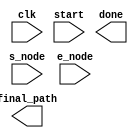
// SM : Task 2 C : Path Planning
/*
Instructions
-------------------
Students are not allowed to make any changes in the Module declaration.
This file is used to design path planner.

Recommended Quartus Version : 19.1
The submitted project file must be 19.1 compatible as the evaluation will be done on Quartus Prime Lite 19.1.

Warning: The error due to compatibility will not be entertained.
-------------------
*/

//Path Planner design
//Parameters : node_count : for total no. of nodes + 1 (consider an imaginary node, refer discuss forum),
//					max_edges : no. of max edges for every node.


//Inputs  	 : clk : 50 MHz clock, 
//				   start : start signal to initiate the path planning,
//				   s_node : start node,
//				   e_node : destination node.
//
//Output     : done : Path planning completed signal,
//             final_path : the final path from start to end node.



//////////////////DO NOT MAKE ANY CHANGES IN MODULE//////////////////

module path_planner
#(parameter node_count = 27, parameter max_edges = 4)
(
	input clk,
	input start,
	input [4:0] s_node,
	input [4:0] e_node,
	output reg done,	
	output reg [10*5-1:0] final_path
);

////////////////////////WRITE YOUR CODE FROM HERE////////////////////
/////////////// ____ MAP STORE IN LIST _______  //////////////
	
localparam 
				north        = 3'b000 ,   //0
				east         = 3'b001 ,   //1
				south        = 3'b010 ,   //2
				west         = 3'b011 ,   //3
            northeast    = 3'b100 ,   //4
				southwest    = 3'b100 ,   //5
				no_direction = 3'b111 ,   //6
				
				straight     =  4'b1000 , // 8
				left         =  4'b1001 , // 9
			   right        =  4'b1010 , // 10
			   dgr_180_R    =  4'b1011 , // 11
				dgr_180_L    =  4'b1100 ;  //12

reg [10:0]  inf = 100 ;
				

reg [10:0] adjacent_nodes[25:0][3:0] ;
reg [10:0] path_of_adjacent_nodes[25:0][3:0] ;
reg [10:0] final_heading [25:0][3:0] ;
reg [10:0] turn_to_reach [25:0][3:0] ;	
reg [10:0] turns_map [6:0][6:0]  ;
	

reg flag_initalize_map  = 1 ;
	

always @ ( posedge clk )
begin

	if (flag_initalize_map == 1 )
	begin
	
	// node 0 : 
	
	adjacent_nodes         [0][0] = 1            ; adjacent_nodes         [0][1] = 26           ; adjacent_nodes         [0][2] = 26           ; adjacent_nodes         [0][3] = 26;
   path_of_adjacent_nodes [0][0] = 3            ; path_of_adjacent_nodes [0][1] = inf          ; path_of_adjacent_nodes [0][2] = inf          ; path_of_adjacent_nodes [0][3] = inf ;
	final_heading          [0][0] = east         ; final_heading          [0][1] = no_direction ; final_heading          [0][2] = no_direction ; final_heading          [0][3] = no_direction ; 
	turn_to_reach          [0][0] = south        ; turn_to_reach          [0][1] = no_direction ; turn_to_reach          [0][2] = no_direction ; turn_to_reach          [0][3] = no_direction ; 

   // node 1 : 
	
	adjacent_nodes         [1][0] = 0             ; adjacent_nodes         [1][1] = 2            ; adjacent_nodes         [1][2] = 13           ; adjacent_nodes         [1][3] = 26;
   path_of_adjacent_nodes [1][0] = 3             ; path_of_adjacent_nodes [1][1] = 3            ; path_of_adjacent_nodes [1][2] = 3            ; path_of_adjacent_nodes [1][3] = inf ;
	final_heading          [1][0] = north         ; final_heading          [1][1] = south        ; final_heading          [1][2] = east         ; final_heading          [1][3] = no_direction ; 
	turn_to_reach          [1][0] = west          ; turn_to_reach          [1][1] = south        ; turn_to_reach          [1][2] = east         ; turn_to_reach          [1][3] = no_direction ; 

	// node 2 : 
	
	adjacent_nodes         [2][0] = 1             ; adjacent_nodes         [2][1] = 3            ; adjacent_nodes         [2][2] = 5            ; adjacent_nodes         [2][3] = 26;
   path_of_adjacent_nodes [2][0] = 3             ; path_of_adjacent_nodes [2][1] = 1            ; path_of_adjacent_nodes [2][2] = 3            ; path_of_adjacent_nodes [2][3] = inf ;
	final_heading          [2][0] = north         ; final_heading          [2][1] = east         ; final_heading          [2][2] = south        ; final_heading          [2][3] = no_direction ; 
	turn_to_reach          [2][0] = north         ; turn_to_reach          [2][1] = east         ; turn_to_reach          [2][2] = south        ; turn_to_reach          [2][3] = no_direction ; 

	// node 3 : 
	
	adjacent_nodes         [3][0] = 2             ; adjacent_nodes         [3][1] = 26           ; adjacent_nodes         [3][2] = 26           ; adjacent_nodes         [3][3] = 26;
   path_of_adjacent_nodes [3][0] = 1             ; path_of_adjacent_nodes [3][1] = inf          ; path_of_adjacent_nodes [3][2] = inf          ; path_of_adjacent_nodes [3][3] = inf ;
	final_heading          [3][0] = west          ; final_heading          [3][1] = no_direction ; final_heading          [3][2] = no_direction ; final_heading          [3][3] = no_direction ; 
	turn_to_reach          [3][0] = west          ; turn_to_reach          [3][1] = no_direction ; turn_to_reach          [3][2] = no_direction ; turn_to_reach          [3][3] = no_direction ; 

	// node 4 : 
	
	adjacent_nodes         [4][0] = 6             ; adjacent_nodes         [4][1] = 26           ; adjacent_nodes         [4][2] = 26           ; adjacent_nodes         [4][3] = 26;
   path_of_adjacent_nodes [4][0] = 3             ; path_of_adjacent_nodes [4][1] = inf          ; path_of_adjacent_nodes [4][2] = inf          ; path_of_adjacent_nodes [4][3] = inf ;
	final_heading          [4][0] = northeast     ; final_heading          [4][1] = no_direction ; final_heading          [4][2] = no_direction ; final_heading          [4][3] = no_direction ; 
	turn_to_reach          [4][0] = south         ; turn_to_reach          [4][1] = no_direction ; turn_to_reach          [4][2] = no_direction ; turn_to_reach          [4][3] = no_direction ; 

	// node 5 : 
	
	adjacent_nodes         [5][0] = 2             ; adjacent_nodes         [5][1] =  6           ; adjacent_nodes         [5][2] = 9            ; adjacent_nodes         [5][3] = 26;
   path_of_adjacent_nodes [5][0] = 3             ; path_of_adjacent_nodes [5][1] =  1           ; path_of_adjacent_nodes [5][2] = 2            ; path_of_adjacent_nodes [5][3] = inf ;
	final_heading          [5][0] = north         ; final_heading          [5][1] = south        ; final_heading          [5][2] = east         ; final_heading          [5][3] = no_direction ; 
	turn_to_reach          [5][0] = north         ; turn_to_reach          [5][1] = south        ; turn_to_reach          [5][2] = east         ; turn_to_reach          [5][3] = no_direction ; 

	// node 6 : 
	
	adjacent_nodes         [6][0] = 4             ; adjacent_nodes         [6][1] = 5            ; adjacent_nodes         [6][2] =  16          ; adjacent_nodes         [6][3] = 26;
   path_of_adjacent_nodes [6][0] = 3             ; path_of_adjacent_nodes [6][1] = 1            ; path_of_adjacent_nodes [6][2] =  3           ; path_of_adjacent_nodes [6][3] = inf ;
	final_heading          [6][0] = north         ; final_heading          [6][1] = north        ; final_heading          [6][2] = east         ; final_heading          [6][3] = no_direction ; 
	turn_to_reach          [6][0] = southwest     ; turn_to_reach          [6][1] = north        ; turn_to_reach          [6][2] = east         ; turn_to_reach          [6][3] = no_direction ; 

	// node 7 : 
	
	adjacent_nodes         [7][0] = 12            ; adjacent_nodes         [7][1] = 26           ; adjacent_nodes         [7][2] = 26           ; adjacent_nodes         [7][3] = 26;
   path_of_adjacent_nodes [7][0] = 2             ; path_of_adjacent_nodes [7][1] = inf          ; path_of_adjacent_nodes [7][2] = inf          ; path_of_adjacent_nodes [7][3] = inf ;
	final_heading          [7][0] = east          ; final_heading          [7][1] = no_direction ; final_heading          [7][2] = no_direction ; final_heading          [7][3] = no_direction ; 
	turn_to_reach          [7][0] = south         ; turn_to_reach          [7][1] = no_direction ; turn_to_reach          [7][2] = no_direction ; turn_to_reach          [7][3] = no_direction ; 

	// node 8 : 
	
	adjacent_nodes         [8][0] = 9             ; adjacent_nodes         [8][1] = 26           ; adjacent_nodes         [8][2] = 26           ; adjacent_nodes         [8][3] = 26;
   path_of_adjacent_nodes [8][0] = 1             ; path_of_adjacent_nodes [8][1] = inf          ; path_of_adjacent_nodes [8][2] = inf          ; path_of_adjacent_nodes [8][3] = inf ;
	final_heading          [8][0] = south         ; final_heading          [8][1] = no_direction ; final_heading          [8][2] = no_direction ; final_heading          [8][3] = no_direction ; 
	turn_to_reach          [8][0] = south         ; turn_to_reach          [8][1] = no_direction ; turn_to_reach          [8][2] = no_direction ; turn_to_reach          [8][3] = no_direction ; 

	// node 9 : 
	
	adjacent_nodes         [9][0] = 8             ; adjacent_nodes         [9][1] = 5            ; adjacent_nodes         [9][2] = 15           ; adjacent_nodes         [9][3] = 26;
   path_of_adjacent_nodes [9][0] = 1             ; path_of_adjacent_nodes [9][1] = 2            ; path_of_adjacent_nodes [9][2] = 1            ; path_of_adjacent_nodes [9][3] = inf ;
	final_heading          [9][0] = north         ; final_heading          [9][1] = west         ; final_heading          [9][2] = east         ; final_heading          [9][3] = no_direction ; 
	turn_to_reach          [9][0] = north         ; turn_to_reach          [9][1] = west         ; turn_to_reach          [9][2] = east         ; turn_to_reach          [9][3] = no_direction ; 

	// node 10 : 
	
	adjacent_nodes         [10][0] = 16            ; adjacent_nodes         [10][1] = 26           ; adjacent_nodes         [10][2] = 26           ; adjacent_nodes         [10][3] = 26;
   path_of_adjacent_nodes [10][0] = 2             ; path_of_adjacent_nodes [10][1] = inf          ; path_of_adjacent_nodes [10][2] = inf          ; path_of_adjacent_nodes [10][3] = inf ;
	final_heading          [10][0] = south         ; final_heading          [10][1] = no_direction ; final_heading          [10][2] = no_direction ; final_heading          [10][3] = no_direction ; 
	turn_to_reach          [10][0] = east          ; turn_to_reach          [10][1] = no_direction ; turn_to_reach          [10][2] = no_direction ; turn_to_reach          [10][3] = no_direction ; 

	// node 11 : 
	
	adjacent_nodes         [11][0] = 12            ; adjacent_nodes         [11][1] = 26           ; adjacent_nodes         [11][2] = 26           ; adjacent_nodes         [11][3] = 26;
   path_of_adjacent_nodes [11][0] = 3             ; path_of_adjacent_nodes [11][1] = inf          ; path_of_adjacent_nodes [11][2] = inf          ; path_of_adjacent_nodes [11][3] = inf ;
	final_heading          [11][0] = south         ; final_heading          [11][1] = no_direction ; final_heading          [11][2] = no_direction ; final_heading          [11][3] = no_direction ; 
	turn_to_reach          [11][0] = west          ; turn_to_reach          [11][1] = no_direction ; turn_to_reach          [11][2] = no_direction ; turn_to_reach          [11][3] = no_direction ; 

	// node 12 : 
	
	adjacent_nodes         [12][0] = 7             ; adjacent_nodes         [12][1] = 11           ; adjacent_nodes         [12][2] = 17           ; adjacent_nodes         [12][3] = 13;
   path_of_adjacent_nodes [12][0] = 2             ; path_of_adjacent_nodes [12][1] = 3            ; path_of_adjacent_nodes [12][2] = 3            ; path_of_adjacent_nodes [12][3] = 1 ;
	final_heading          [12][0] = north         ; final_heading          [12][1] = east         ; final_heading          [12][2] = east         ; final_heading          [12][3] = south ; 
	turn_to_reach          [12][0] = west          ; turn_to_reach          [12][1] = north        ; turn_to_reach          [12][2] = east         ; turn_to_reach          [12][3] = south ; 

	// node 13 : 
	
	adjacent_nodes         [13][0] = 1             ; adjacent_nodes         [13][1] = 18           ; adjacent_nodes         [13][2] = 12           ; adjacent_nodes         [13][3] = 26;
   path_of_adjacent_nodes [13][0] = 3             ; path_of_adjacent_nodes [13][1] = 2            ; path_of_adjacent_nodes [13][2] = 1            ; path_of_adjacent_nodes [13][3] = inf ;
	final_heading          [13][0] = west          ; final_heading          [13][1] = east         ; final_heading          [13][2] = north        ; final_heading          [13][3] = no_direction ; 
	turn_to_reach          [13][0] = west          ; turn_to_reach          [13][1] = east         ; turn_to_reach          [13][2] = north        ; turn_to_reach          [13][3] = no_direction ; 

	// node 14 : 
	
	adjacent_nodes         [14][0] = 15            ; adjacent_nodes         [14][1] = 26           ; adjacent_nodes         [14][2] = 26           ; adjacent_nodes         [14][3] = 26;
   path_of_adjacent_nodes [14][0] = 1             ; path_of_adjacent_nodes [14][1] = inf          ; path_of_adjacent_nodes [14][2] = inf          ; path_of_adjacent_nodes [14][3] = inf ;
	final_heading          [14][0] = south         ; final_heading          [14][1] = no_direction ; final_heading          [14][2] = no_direction ; final_heading          [14][3] = no_direction ; 
	turn_to_reach          [14][0] = south         ; turn_to_reach          [14][1] = no_direction ; turn_to_reach          [14][2] = no_direction ; turn_to_reach          [14][3] = no_direction ; 

	// node 15 : 
	
	adjacent_nodes         [15][0] = 22            ; adjacent_nodes         [15][1] = 9            ; adjacent_nodes         [15][2] = 14           ; adjacent_nodes         [15][3] = 26;
   path_of_adjacent_nodes [15][0] = 1             ; path_of_adjacent_nodes [15][1] = 1            ; path_of_adjacent_nodes [15][2] = 1            ; path_of_adjacent_nodes [15][3] = inf ;
	final_heading          [15][0] = east          ; final_heading          [15][1] = west         ; final_heading          [15][2] = north        ; final_heading          [15][3] = no_direction ; 
	turn_to_reach          [15][0] = east          ; turn_to_reach          [15][1] = west         ; turn_to_reach          [15][2] = north        ; turn_to_reach          [15][3] = no_direction ; 

	// node 16 : 
	
	adjacent_nodes         [16][0] = 10            ; adjacent_nodes         [16][1] = 23           ; adjacent_nodes         [16][2] =  6           ; adjacent_nodes         [16][3] = 26;
   path_of_adjacent_nodes [16][0] = 2             ; path_of_adjacent_nodes [16][1] = 2            ; path_of_adjacent_nodes [16][2] = 3            ; path_of_adjacent_nodes [16][3] = inf ;
	final_heading          [16][0] = west          ; final_heading          [16][1] = north        ; final_heading          [16][2] = north        ; final_heading          [16][3] = no_direction ; 
	turn_to_reach          [16][0] = north         ; turn_to_reach          [16][1] = east         ; turn_to_reach          [16][2] = west         ; turn_to_reach          [16][3] = no_direction ; 

	// node 17 : 
	
	adjacent_nodes         [17][0] = 12            ; adjacent_nodes         [17][1] = 26           ; adjacent_nodes         [17][2] = 26           ; adjacent_nodes         [17][3] = 26;
   path_of_adjacent_nodes [17][0] = 3             ; path_of_adjacent_nodes [17][1] = inf          ; path_of_adjacent_nodes [17][2] = inf          ; path_of_adjacent_nodes [17][3] = inf ;
	final_heading          [17][0] = west          ; final_heading          [17][1] = no_direction ; final_heading          [17][2] = no_direction ; final_heading          [17][3] = no_direction ; 
	turn_to_reach          [17][0] = west          ; turn_to_reach          [17][1] = no_direction ; turn_to_reach          [17][2] = no_direction ; turn_to_reach          [17][3] = no_direction ; 

	// node 18 : 
	
	adjacent_nodes         [18][0] = 19            ; adjacent_nodes         [18][1] = 13           ; adjacent_nodes         [18][2] = 20           ; adjacent_nodes         [18][3] = 26;
   path_of_adjacent_nodes [18][0] = 1             ; path_of_adjacent_nodes [18][1] = 2            ; path_of_adjacent_nodes [18][2] = 1            ; path_of_adjacent_nodes [18][3] = inf ;
	final_heading          [18][0] = east          ; final_heading          [18][1] = west         ; final_heading          [18][2] = south		  ; final_heading          [18][3] = no_direction ; 
	turn_to_reach          [18][0] = east          ; turn_to_reach          [18][1] = west         ; turn_to_reach          [18][2] = south        ; turn_to_reach          [18][3] = no_direction ; 

	// node 19 : 
	
	adjacent_nodes         [19][0] = 18            ; adjacent_nodes         [19][1] = 26           ; adjacent_nodes         [19][2] = 26           ; adjacent_nodes         [19][3] = 26;
   path_of_adjacent_nodes [19][0] = 1             ; path_of_adjacent_nodes [19][1] = inf          ; path_of_adjacent_nodes [19][2] = inf          ; path_of_adjacent_nodes [19][3] = inf ;
	final_heading          [19][0] = west          ; final_heading          [19][1] = no_direction ; final_heading          [19][2] = no_direction ; final_heading          [19][3] = no_direction ; 
	turn_to_reach          [19][0] = west          ; turn_to_reach          [19][1] = no_direction ; turn_to_reach          [19][2] = no_direction ; turn_to_reach          [19][3] = no_direction ; 

	// node 20 : 
	
	adjacent_nodes         [20][0] = 21            ; adjacent_nodes         [20][1] = 18           ; adjacent_nodes         [20][2] = 22           ; adjacent_nodes         [20][3] = 26;
   path_of_adjacent_nodes [20][0] = 1             ; path_of_adjacent_nodes [20][1] = 1            ; path_of_adjacent_nodes [20][2] = 2            ; path_of_adjacent_nodes [20][3] = inf ;
	final_heading          [20][0] = east          ; final_heading          [20][1] = north        ; final_heading          [20][2] = south        ; final_heading          [20][3] = no_direction ; 
	turn_to_reach          [20][0] = east          ; turn_to_reach          [20][1] = north        ; turn_to_reach          [20][2] = south        ; turn_to_reach          [20][3] = no_direction ; 


	// node 21 : 
	
	adjacent_nodes         [21][0] = 20            ; adjacent_nodes         [21][1] = 26           ; adjacent_nodes         [21][2] = 26           ; adjacent_nodes         [21][3] = 26;
   path_of_adjacent_nodes [21][0] = 1             ; path_of_adjacent_nodes [21][1] = inf          ; path_of_adjacent_nodes [21][2] = inf          ; path_of_adjacent_nodes [21][3] = inf ;
	final_heading          [21][0] = west          ; final_heading          [21][1] = no_direction ; final_heading          [21][2] = no_direction ; final_heading          [21][3] = no_direction ; 
	turn_to_reach          [21][0] = west          ; turn_to_reach          [21][1] = no_direction ; turn_to_reach          [21][2] = no_direction ; turn_to_reach          [21][3] = no_direction ; 

	// node 22 : 
	
	adjacent_nodes         [22][0] = 15            ; adjacent_nodes         [22][1] = 20           ; adjacent_nodes         [22][2] = 25           ; adjacent_nodes         [22][3] = 23;
   path_of_adjacent_nodes [22][0] = 1             ; path_of_adjacent_nodes [22][1] = 2            ; path_of_adjacent_nodes [22][2] = 3            ; path_of_adjacent_nodes [22][3] = 1 ;
	final_heading          [22][0] = west          ; final_heading          [22][1] = north        ; final_heading          [22][2] = south        ; final_heading          [22][3] = south ; 
	turn_to_reach          [22][0] = west          ; turn_to_reach          [22][1] = north        ; turn_to_reach          [22][2] = east         ; turn_to_reach          [22][3] = south ; 

	// node 23 : 
	
	adjacent_nodes         [23][0] = 24            ; adjacent_nodes         [23][1] = 22           ; adjacent_nodes         [23][2] = 16           ; adjacent_nodes         [23][3] = 26;
   path_of_adjacent_nodes [23][0] = 2             ; path_of_adjacent_nodes [23][1] = 1            ; path_of_adjacent_nodes [23][2] = 2            ; path_of_adjacent_nodes [23][3] = inf ;
	final_heading          [23][0] = south         ; final_heading          [23][1] = north        ; final_heading          [23][2] = west         ; final_heading          [23][3] = no_direction ; 
	turn_to_reach          [23][0] = west          ; turn_to_reach          [23][1] = north        ; turn_to_reach          [23][2] = south        ; turn_to_reach          [23][3] = no_direction ; 

	// node 24 : 
	
	adjacent_nodes         [24][0] = 23            ; adjacent_nodes         [24][1] = 26           ; adjacent_nodes         [24][2] = 26           ; adjacent_nodes         [24][3] = 26;
   path_of_adjacent_nodes [24][0] = 2             ; path_of_adjacent_nodes [24][1] = inf          ; path_of_adjacent_nodes [24][2] = inf          ; path_of_adjacent_nodes [24][3] = inf ;
	final_heading          [24][0] = west          ; final_heading          [24][1] = no_direction ; final_heading          [24][2] = no_direction ; final_heading          [24][3] = no_direction ; 
	turn_to_reach          [24][0] = north         ; turn_to_reach          [24][1] = no_direction ; turn_to_reach          [24][2] = no_direction ; turn_to_reach          [24][3] = no_direction ; 

	// node 25 : 
	
	adjacent_nodes         [25][0] = 22            ; adjacent_nodes         [25][1] = 26           ; adjacent_nodes         [25][2] = 26           ; adjacent_nodes         [25][3] = 26;
   path_of_adjacent_nodes [25][0] = 3             ; path_of_adjacent_nodes [25][1] = inf          ; path_of_adjacent_nodes [25][2] = inf          ; path_of_adjacent_nodes [25][3] = inf ;
	final_heading          [25][0] = west          ; final_heading          [25][1] = no_direction ; final_heading          [25][2] = no_direction ; final_heading          [25][3] = no_direction ; 
	turn_to_reach          [25][0] = north         ; turn_to_reach          [25][1] = no_direction ; turn_to_reach          [25][2] = no_direction ; turn_to_reach          [25][3] = no_direction ; 
   
	
	
	// north
	
	turns_map [north][north]         = straight  ; turns_map [north][east]          = right     ; turns_map [north][west]     = left      ; turns_map [north][south]     = dgr_180_R ;
	turns_map [north][northeast]     = right     ; turns_map [north][southwest]     = dgr_180_L ;
	
	
	// north
	
	turns_map [east][north]          = left      ; turns_map [east][east]           = straight  ; turns_map [east][west]      = dgr_180_R ; turns_map [east][south]      = right     ; 
	turns_map [east][northeast]      = left      ; turns_map [east][southwest]      = dgr_180_R ;
	
	
	// west
	
	turns_map [west][north]          = right     ; turns_map [west][east]           = dgr_180_R ; turns_map [west][west]      = straight  ; turns_map [west][south]      = left      ; 
   turns_map [west][northeast]      = dgr_180_R ; turns_map [west][southwest]      = left      ;   

	// south
	
	turns_map [south][north]         = dgr_180_R ; turns_map [south][east]          = left      ; turns_map [south][west]     = right     ; turns_map [south][south]     = straight  ;
   turns_map [south][northeast]     = dgr_180_L ; turns_map [south][southwest]     = right     ;
	
	// northeast
	
	turns_map [northeast][north]     = left      ; turns_map [northeast][east]      = right     ; turns_map [northeast][west] = dgr_180_L ; turns_map [northeast][south] = dgr_180_R ; 
   turns_map [northeast][northeast] = straight  ; turns_map [northeast][southwest] = dgr_180_R ;
	
	// southwest
	
	turns_map [southwest][north]     = dgr_180_R ; turns_map [southwest][east]      = dgr_180_L ; turns_map [southwest][west] = right     ; turns_map [southwest][south] = left      ;
   turns_map [southwest][northeast] = dgr_180_R ; turns_map [southwest][southwest] = straight  ;

	
   flag_initalize_map = 0 ;

	end
end


//////////// ______ OPEN AND CLOSE LIST TO STORE DATA _______ ////////


reg [10:0] distance_from_starting_node[26:0] ;
reg [1:0]  status_flag[26:0] ;	
reg [10:0] previous_node[26:0] ;
reg [10:0] dirn_turns_list[26:0] ; 
reg [10:0] currt_heading[26:0] ;

reg flag_reset_list = 1 ;
reg flag_main_loop  = 1 ; 

always @ ( posedge clk )
begin

	if (flag_reset_list == 1 )
	begin
	
   //node 0 : 
 	distance_from_starting_node [0]  = inf ; status_flag [0]  = 0 ;  previous_node [0]  = 27 ;   dirn_turns_list[0] = 0 ;   currt_heading[0] = 0 ;  

	//node 1 :	
   distance_from_starting_node [1]  = inf ; status_flag [1]  = 0 ;  previous_node [1]  = 27 ;   dirn_turns_list[1] = 0 ;   currt_heading[1] = 0 ;
	
	//node 2 :
	distance_from_starting_node [2]  = inf ; status_flag [2]  = 0 ;  previous_node [2]  = 27 ;   dirn_turns_list[2] = 0 ;   currt_heading[2] = 0 ;
	
	//node 3 :
	distance_from_starting_node [3]  = inf ; status_flag [3]  = 0 ;  previous_node [3]  = 27 ;   dirn_turns_list[3] = 0 ;   currt_heading[3] = 0 ;
	
	//node 4 :
	distance_from_starting_node [4]  = inf ; status_flag [4]  = 0 ;  previous_node [4]  = 27 ;   dirn_turns_list[4] = 0 ;   currt_heading[4] = 0 ;
	
	//node 5 :
	distance_from_starting_node [5]  = inf ; status_flag [5]  = 0 ;  previous_node [5]  = 27 ;   dirn_turns_list[5] = 0 ;   currt_heading[5] = 0 ;
	
	//node 6 :
	distance_from_starting_node [6]  = inf ; status_flag [6]  = 0 ;  previous_node [6]  = 27 ;   dirn_turns_list[6] = 0 ;   currt_heading[6] = 0 ;
	
	//node 7 :
	distance_from_starting_node [7]  = inf ; status_flag [7]  = 0 ;  previous_node [7]  = 27 ;   dirn_turns_list[7] = 0 ;   currt_heading[7] = 0 ;
	
	//node 8 :
	distance_from_starting_node [8]  = inf ; status_flag [8]  = 0 ;  previous_node [8]  = 27 ;   dirn_turns_list[8] = 0 ;   currt_heading[8] = 0 ;
	
	//node 9 :
	distance_from_starting_node [9]  = inf ; status_flag [9]  = 0 ;  previous_node [9]  = 27 ;   dirn_turns_list[9] = 0 ;   currt_heading[9] = 0 ; 
	
	//node 10 :
	distance_from_starting_node [10] = inf ; status_flag [10] = 0 ;  previous_node [10] = 27 ;   dirn_turns_list[10] = 0 ;  currt_heading[10] = 0 ; 
	
	//node 11 :
	distance_from_starting_node [11] = inf ; status_flag [11] = 0 ;  previous_node [11] = 27 ;   dirn_turns_list[11] = 0 ;  currt_heading[11] = 0 ; 
	
	//node 12 :
	distance_from_starting_node [12] = inf ; status_flag [12] = 0 ;  previous_node [12] = 27 ;   dirn_turns_list[12] = 0 ;  currt_heading[12] = 0 ;
	
	//node 13 :
	distance_from_starting_node [13] = inf ; status_flag [13] = 0 ;  previous_node [13] = 27 ;   dirn_turns_list[13] = 0 ;  currt_heading[13] = 0 ;
	
	//node 14 :
	distance_from_starting_node [14] = inf ; status_flag [14] = 0 ;  previous_node [14] = 27 ;   dirn_turns_list[14] = 0 ;  currt_heading[14] = 0 ;
	
	//node 15 :
	distance_from_starting_node [15] = inf ; status_flag [15] = 0 ;  previous_node [15] = 27 ;   dirn_turns_list[15] = 0 ;  currt_heading[15] = 0 ;
	
	//node 16 :
	distance_from_starting_node [16] = inf ; status_flag [16] = 0 ;  previous_node [16] = 27 ;   dirn_turns_list[16] = 0 ;  currt_heading[16] = 0 ;
	
	//node 17 :
	distance_from_starting_node [17] = inf ; status_flag [17] = 0 ;  previous_node [17] = 27 ;   dirn_turns_list[17] = 0 ;  currt_heading[17] = 0 ;
	
	//node 18 :
	distance_from_starting_node [18] = inf ; status_flag [18] = 0 ;  previous_node [18] = 27 ;   dirn_turns_list[18] = 0 ;  currt_heading[18] = 0 ;
	
	//node 19 :
	distance_from_starting_node [19] = inf ; status_flag [19] = 0 ;  previous_node [19] = 27 ;   dirn_turns_list[19] = 0 ;  currt_heading[19] = 0 ;
	
	//node 20 :
	distance_from_starting_node [20] = inf ; status_flag [20] = 0 ;  previous_node [20] = 27 ;   dirn_turns_list[20] = 0 ;  currt_heading[20] = 0 ;
	
	//node 21 :
	distance_from_starting_node [21] = inf ; status_flag [21] = 0 ;  previous_node [21] = 27 ;   dirn_turns_list[21] = 0 ;  currt_heading[21] = 0 ;
	
	//node 22 :
	distance_from_starting_node [22] = inf ; status_flag [22] = 0 ;  previous_node [22] = 27 ;   dirn_turns_list[22] = 0 ;  currt_heading[22] = 0 ;
	
	//node 23 :
	distance_from_starting_node [23] = inf ; status_flag [23] = 0 ;  previous_node [23] = 27 ;   dirn_turns_list[23] = 0 ;  currt_heading[23] = 0 ;
	
	//node 24 :
	distance_from_starting_node [24] = inf ; status_flag [24] = 0 ;  previous_node [24] = 27 ;   dirn_turns_list[24] = 0 ;  currt_heading[24] = 0 ;
	
	//node 25 :
	distance_from_starting_node [25] = inf ; status_flag [25] = 0 ;  previous_node [25] = 27 ;   dirn_turns_list[25] = 0 ;  currt_heading[25] = 0 ;
	
	//node 26 :
	distance_from_starting_node [26] = inf ; status_flag [26] = 1 ;  previous_node [26] = 27 ;   dirn_turns_list[26] = 0 ;  currt_heading[26] = 0 ;

	flag_reset_list = 0 ;
	flag_main_loop  = 1 ;
	
	end
end


//////////// ______ PATH PLANNING MAIN LOOP  _______ ////////

reg flag_sub_node = 1 ;
reg flag_update_startDistance = 1 ;
reg flag_trace_node = 0 ;
reg flag_dirn_turns = 0 ;

reg [10:0] pth_pln_cnt = 1 ;
reg [10:0] cumt_dis = 0 ;
reg [10:0] least_value = 100  ; 

///////////////////////////////////// |I|
                                   // |M| 
reg [10:0] strt_node    = 21 ;     // |P|  ---\ keep value of both
reg [10:0] current_node = 21 ;     // |o|  ---/ variable same 
                                   // |R| 
reg [4:0]  heading_ptr  = north ;  // |T|  ----> orientation of bot in physical world
reg [10:0] end_node     = 4 ;      // |A|  ----> final destination of bot 
                                   // |N| 
///////////////////////////////////// |T| 

reg [49:0]node_string = 50'b11111111111111111111111111111111111111111111111111 ;   
 
always @ ( posedge clk )
begin
if (flag_main_loop == 1 )
begin



/// UPDATING START NODE INITAL DISTANCE ( ONE TIME )
 if ( flag_update_startDistance == 1 )
 begin
	distance_from_starting_node[strt_node] = 0 ; 
	currt_heading[strt_node] = heading_ptr ; 
	node_string = 50'b11111111111111111111111111111111111111111111111111 ;
	flag_update_startDistance = 0 ;
 end


 
/// UPDATING "CURRENT" NODE AND CHANGING VALUES OF PARAMETER      
 if ( pth_pln_cnt == 2 && flag_sub_node == 1  )
 begin
	status_flag[current_node] = 1 ; 
	least_value = 100 ;
//   $display("%d - %d",current_node,previous_node[current_node]) ;
 end



/// UPDATE SUB-NODE VALUES ///
 if (pth_pln_cnt > 2  && pth_pln_cnt <= 6 && flag_sub_node == 1 )
 begin
	if ( distance_from_starting_node[adjacent_nodes[current_node][pth_pln_cnt-3]]  > distance_from_starting_node[current_node] + path_of_adjacent_nodes[current_node][pth_pln_cnt-3] ) 
	begin
		distance_from_starting_node[adjacent_nodes[current_node][pth_pln_cnt-3]] = distance_from_starting_node[current_node] + path_of_adjacent_nodes[current_node][pth_pln_cnt-3] ;
		previous_node[adjacent_nodes[current_node][pth_pln_cnt-3]] = current_node ;
		
		currt_heading[adjacent_nodes[current_node][pth_pln_cnt-3]]   = final_heading[current_node][pth_pln_cnt-3] ;
		dirn_turns_list[adjacent_nodes[current_node][pth_pln_cnt-3]] = turns_map [currt_heading[current_node]][turn_to_reach[current_node][pth_pln_cnt - 3]] ;
		
		                                   
		/////////////////                                --   UNCOMMENT TO DEBUGG --                           ///////////////////////////////////////////
		//                                                                                                                                              //
		// $display ("current note - %d , nearby node - %d ", current_node , adjacent_nodes[current_node][pth_pln_cnt-3]) ;                             //
		// $display ("current heading of current node - %d ", currt_heading[current_node] ) ;                                                           //
		// $display ("heading after reaching node - %d " ,   final_heading[current_node][pth_pln_cnt - 3]) ;                                            //
		// $display ("action take to reach this node - %d ", turns_map [currt_heading[current_node]][turn_to_reach[current_node][pth_pln_cnt - 3]]  ) ; //
		// $display ("------------------------------------", ) ;                                                                                        //
		//                                                                                                                                              //
		//////////////////////////////////////////////////////////////////////////////////////////////////////////////////////////////////////////////////
	
	end 
 end
	
		
/// NEXT " CURRENT " NODE SELECTION FROM LIST 
 if ( pth_pln_cnt > 6 && pth_pln_cnt <= 32 && flag_sub_node == 1 )
 begin 
	if ( distance_from_starting_node[pth_pln_cnt - 7] < least_value && status_flag[pth_pln_cnt - 7] == 0 )
	begin
		least_value = distance_from_starting_node[pth_pln_cnt - 7] ;
		current_node = pth_pln_cnt - 7 ; 
 
	end 
 end
 

 
/// INTERUPT WHEN END NODE == CURRENT NODE 
 if (end_node == current_node && flag_sub_node == 1 )
 begin
	flag_sub_node = 0 ; 
	pth_pln_cnt = 0 ;
	flag_trace_node = 1 ;
 end  
 
 
 
/// TRACE BACK ALL NODES TO FIND PATH 
 if (flag_trace_node == 1 )
 begin
   node_string = node_string << 5 ;
	node_string = node_string + current_node ;
      
		$display (current_node ) ;
      if      (dirn_turns_list[current_node]  == 8)  $display ("straight") ;
		else if (dirn_turns_list[current_node]  == 9)  $display ("left") ;
		else if (dirn_turns_list[current_node]  == 10)  $display ("right") ;
		else if (dirn_turns_list[current_node]  == 11)  $display ("dgr_180_R") ;
		else if (dirn_turns_list[current_node]  == 12) $display ("dgr_180_L") ;
		
	current_node = previous_node[current_node] ;
   if ( current_node == 27 ) begin flag_trace_node = 0 ;	flag_dirn_turns = 1 ; end
 end


 
/// TURNS AND DIRECTION TAKEN BY BOT TO TRACE PATH  
// if ( flag_dirn_turns == 1 )
// begin
 
		/////////////////                                --   UNCOMMENT TO DEBUGG --                           //////////////////////
		//                                                                                                                         //
   	// $display ("%d",node_string[4:0]) ;                                                                                      //
		// if      (heading_ptr == 0 ) $display ("Current heading -  north") ;                                                     //
		// else if (heading_ptr == 1 ) $display ("Current heading - east") ;                                                       //
		// else if (heading_ptr == 2 ) $display ("Current heading - south") ;                                                      //
		// else if (heading_ptr == 3 ) $display ("Current heading - west") ;                                                       //
		// else if (heading_ptr == 4 ) $display ("Current heading - northeast") ;                                                  //
		// else if (heading_ptr == 5 ) $display ("Current heading - southwest") ;                                                  //
      //                                                                                                                         //
      // if      (turns_map[heading_ptr][turn_to_reach[heading_ptr][node_string[4:0]]] == 8)  $display ("straight") ;            //
	   //	else if (turns_map[heading_ptr][turn_to_reach[heading_ptr][node_string[4:0]]] == 9)  $display ("left") ;                //
	   //	else if (turns_map[heading_ptr][turn_to_reach[heading_ptr][node_string[4:0]]] == 10)  $display ("right") ;              //
	   //	else if (turns_map[heading_ptr][turn_to_reach[heading_ptr][node_string[4:0]]] == 11)  $display ("dgr_180_R") ;          //
	   //	else if (turns_map[heading_ptr][turn_to_reach[heading_ptr][node_string[4:0]]] == 12) $display ("dgr_180_L") ;           //
		//                                                                                                                         //
 		/////////////////////////////////////////////////////////////////////////////////////////////////////////////////////////////
		
//      node_string  = node_string >> 5 ; 
//		heading_ptr = final_heading[heading_ptr][node_string[4:0]] ;
//
//		if (node_string[4:0] == 31 ) begin flag_dirn_turns = 0 ; end 
// end

/// reset pth_pln_cnt after 34 clock 
 if ( pth_pln_cnt == 34 )
 begin
	pth_pln_cnt = 0 ;
 end

 
pth_pln_cnt = pth_pln_cnt + 1 ;	
end
end
////////////////////////YOUR CODE ENDS HERE//////////////////////////
endmodule
///////////////////////////////MODULE ENDS///////////////////////////